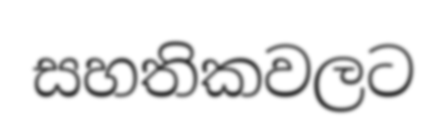
සහතිකවලට